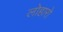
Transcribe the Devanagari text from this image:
लोहारो